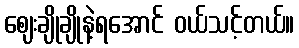
ဈေးချိုချိုနဲ့ရအောင် ဝယ်သင့်တယ်။